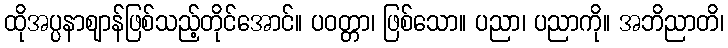
ထိုအပ္ပနာဈာန်ဖြစ်သည့်တိုင်အောင်။ ပဝတ္တာ၊ ဖြစ်သော။ ပညာ၊ ပညာကို။ အဘိညာတိ၊